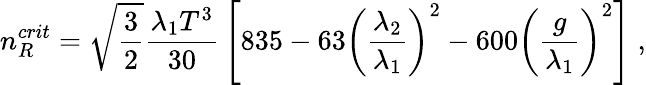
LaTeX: n_{R}^{crit}=\sqrt{\frac{3}{2}}{\frac{\lambda_{1}T^{3}}{30}}\left[835-63\left({\frac{\lambda_{2}}{\lambda_{1}}}\right)^{2}-600\left({\frac{g}{\lambda_{1}}}\right)^{2}\right]\; ,